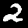
Digit: 2